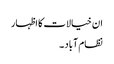
ان خیالات کا اظہار
نظام آباد ۔